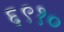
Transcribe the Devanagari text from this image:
६९१०